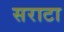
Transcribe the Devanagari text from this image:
सराटा